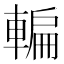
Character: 䡢